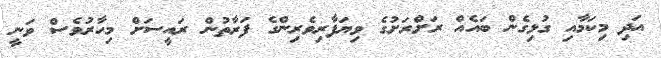
އަދި މިކަމާއި ގުޅިގެން ބައެއް ރަށްރަށުގެ ވިޔަފާރިވެރިންގެ ފަރާތުން ރައީސަށް މިހާރުވެސް ވަނީ